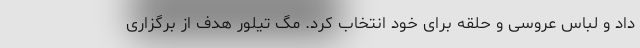
داد و لباس عروسی و حلقه برای خود انتخاب کرد. مگ تیلور هدف از برگزاری